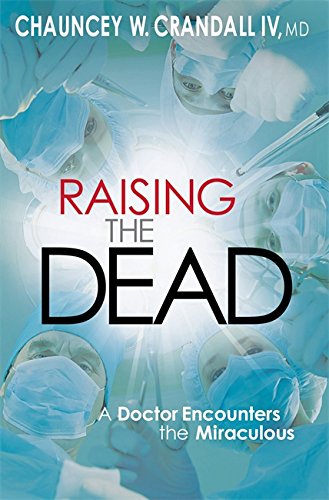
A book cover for Raising the Dead: A Doctor Encounters the Miraculous; Chauncey W. Crandall; Biographies & Memoirs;